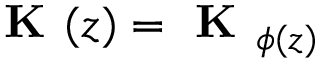
\textbf { K } ( z ) = \textbf { K } _ { \phi ( z ) }